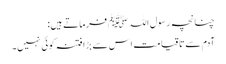
چنانچہ رسول اللہﷺ فرماتے ہیں:
آدم سے تاقیامت اس سے بڑا فتنہ کوئی نہیں۔